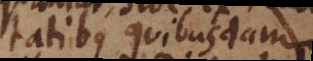
tibus quibusdam